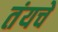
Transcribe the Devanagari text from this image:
तंयचे